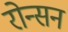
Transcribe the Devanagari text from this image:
रोन्सन